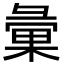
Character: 彙